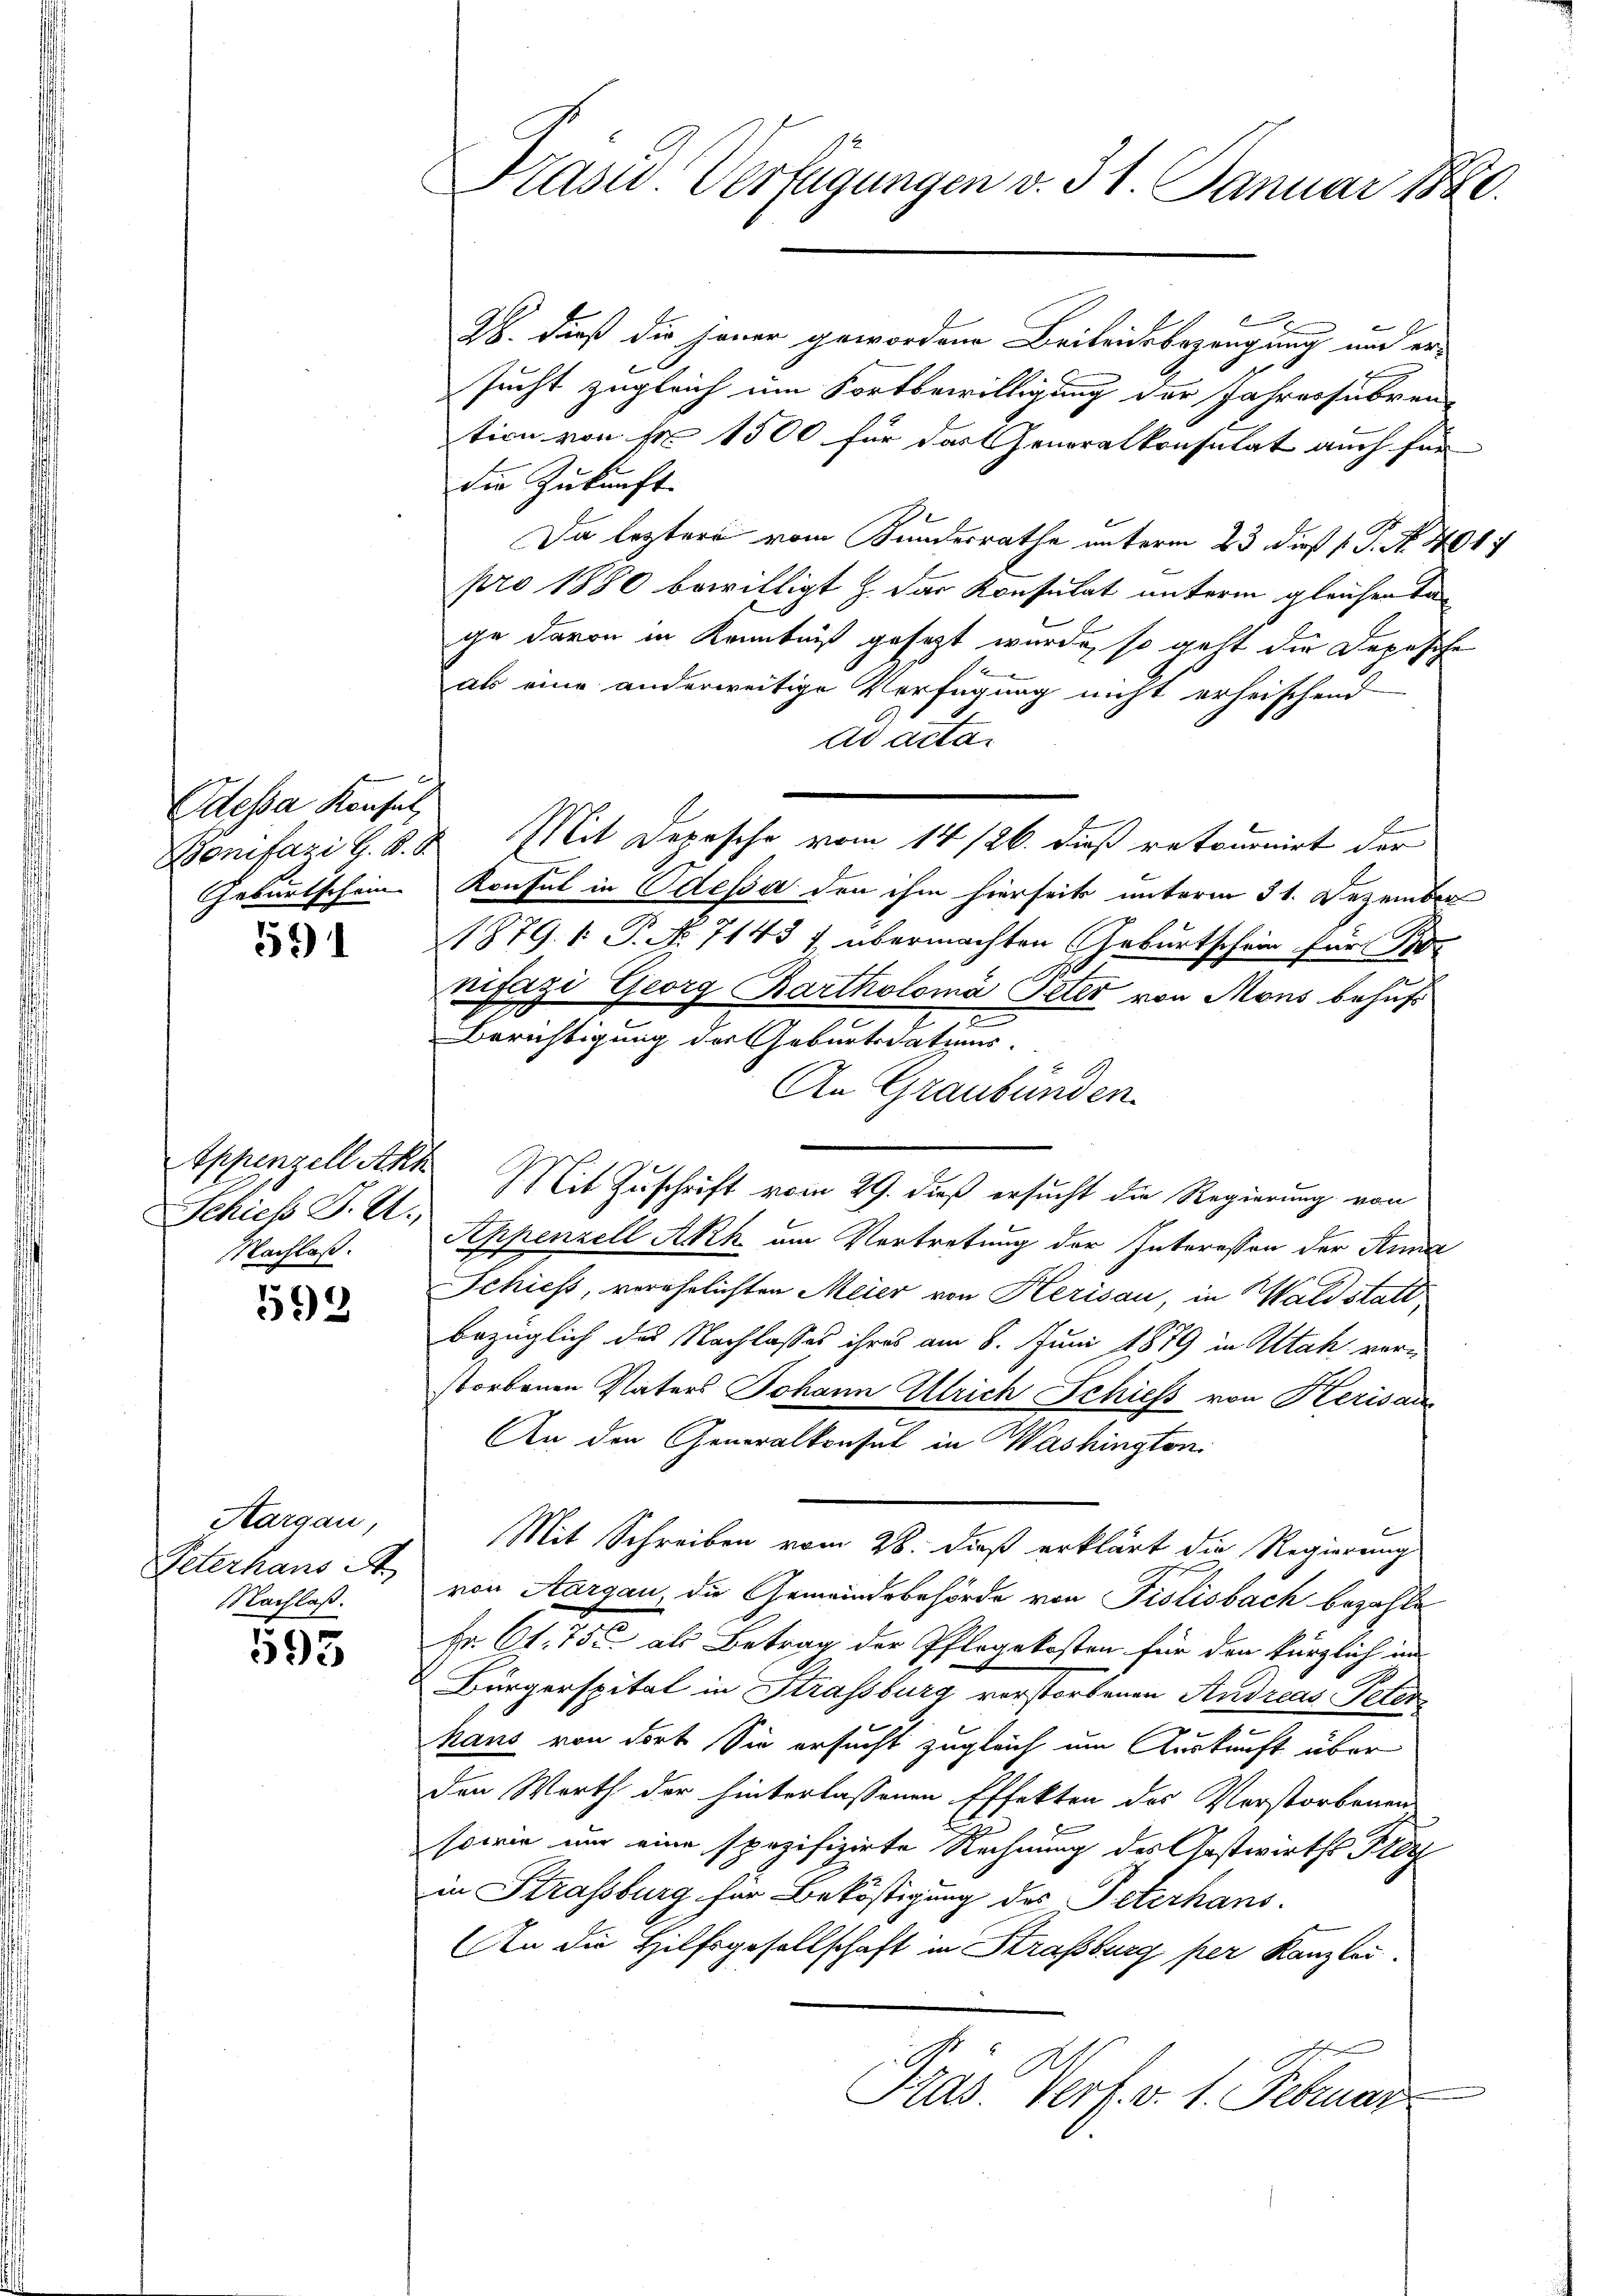
Odessa Konsul,
Geburtschein

559)

Appenzell Akt
Schiess J. St.
Nachlaß.

592

Aargau,
Peterhaus d
NNachlaß.

593

Präsid. Verfügungen v. 31. Januar 1890.

x
26. Dieß die jener gewordene Beitrichsbezeugung und ersucht zugleich im Fortbewilligung der Jahressubven-
tion von Nr 1500 für das Generalkonsulat auch für
die Zukunft.
Da leztere vom Kundesrathe unterm 23 dieß P. N. 401.
pro 1880 bewilligt z. der Konsulat unterm gleichen Tage davon in Kenntniß gesagt wurde, so geht die Depesche
als eine anderweitige Verfügung nicht erheischend
ad acta.
Bonifazi G. B. d. Mit Depesche vom 14/26. dieß retournirt der
Konsul in Odessa den ihm hierseits unterm 31. Dezember
1879. 1. P. No. 7143 f übermachten Geburtschein für S
1
nifazi Georg Bartholomá Peter von Mons behufs
Berichtigung des Geburtsdations-
An Graubünden.
Mit Zuschrift vom 29. dieß ersucht die Regierung von
Appenzell Akh am Vertretung der Interesson der Stra
Schiess, verehelichten Meier von Herisau, in Wald stattbezüglich des Nachlasses ihres am 8. Juni 1879 in Utah veru
storbenen Vaters Johann Ulrich Schiess von Kerisau
An den Generalkonsul in Washington
Mit Schreiben vom 28. dieß erklärt die Regierungs-
von Aargau, die Gemeindsbehörde von Frolisbach bezahle
Hr. Ct. 755. als Betrag der Pflegekosten für den kürzlich im
Bürgerspital in Strassburg verstorbenen Andreas Peter
hans von dort Sie ersucht zugleich um Auskunft über
den Worth der hinterlassenen Effekten des Verstorbenen
sowie um eine spezifizirte Rechnung des Gastwirths Tre
in Strassburg für Beköstigung des Peterhans.
An die Hilfsgesellschaft in Straßburg per Kanzlei.
Präs. Verf. v. 1. Februar